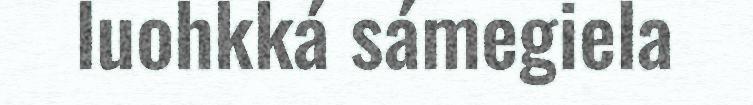
luohkká sámegiela